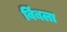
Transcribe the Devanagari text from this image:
बिंबला